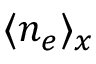
\langle n _ { e } \rangle _ { x }